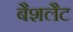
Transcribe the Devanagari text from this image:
बैशलैट